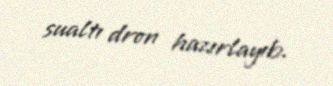
sualtı dron hazırlayıb.